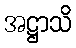
အဋ္ဌာသိ